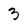
Character: 3